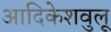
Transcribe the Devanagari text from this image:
आदिकेशवुलू